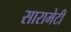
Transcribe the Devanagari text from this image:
सारामेटी